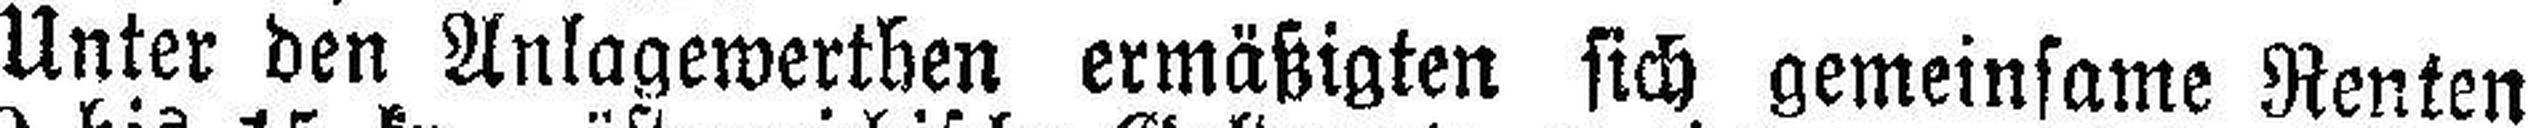
Unter den Anlagewerthen ermäßigten sich gemeinsame Renten